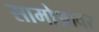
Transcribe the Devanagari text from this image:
सामोआवर